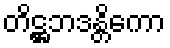
တိဋ္ဌဘဒန္တိကော